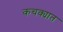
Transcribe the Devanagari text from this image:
कचक्यात